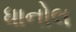
ધાનોલ